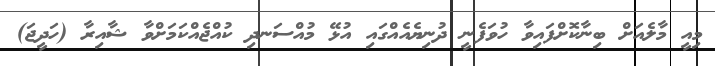
މިއީ މާލެއަށް ބިނާކޮށްފައިވާ ހުވަފެނީ ދުނިޔެއެއްގައި އުޅޭ މުއްސަނދި ކުއްޖެއްކަމަށްވާ ޝާއިރާ (ހަދީޖަ)